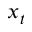
x _ { t }